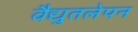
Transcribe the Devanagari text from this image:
वैद्युतलेपन